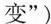
变”)